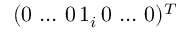
( 0 \, \dots \, 0 \, 1 _ { i } \, 0 \, \dots \, 0 ) ^ { T }